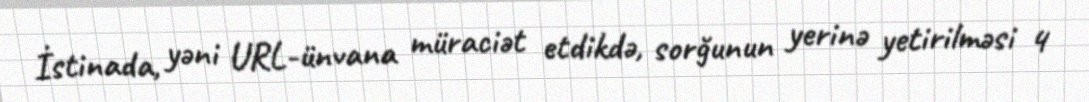
İstinada, yəni URL-ünvana müraciət etdikdə, sorğunun yerinə yetirilməsi 4